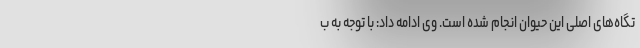
تگاه‌های اصلی این حیوان انجام شده است. وی ادامه داد: با توجه به ب